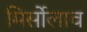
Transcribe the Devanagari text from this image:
मिर्सोलाव